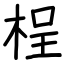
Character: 桯